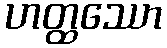
ဟတ္ထဿော